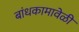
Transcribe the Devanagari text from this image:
बांधकामावेळी